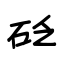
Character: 砭